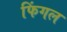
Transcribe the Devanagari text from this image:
फिंगल